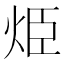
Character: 烥